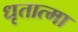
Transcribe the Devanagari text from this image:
धृतात्मा